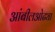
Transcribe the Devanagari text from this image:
आंबीलओढ्या